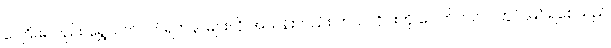
ဝေငြိမ်းလည်း ရွှေလက်ဝတ်ရတနာများကို အသန်းလည်း ဘယ်လိုင်းကို ဂေါက်ကလပ်တွင် မြင်ရစေသည်